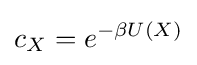
c_{X}=e^{-\beta U(X)}